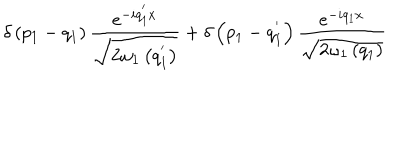
LaTeX: \delta \left( p _ { 1 } - q _ { 1 } \right) \frac { e ^ { - i q _ { 1 } ^ { ' } x } } { \sqrt { 2 { \omega } _ { 1 } \left( q _ { 1 } ^ { ' } \right) } } + \delta \left( p _ { 1 } - q _ { 1 } ^ { ' } \right) \frac { e ^ { - i q _ { 1 } x } } { \sqrt { 2 { \omega } _ { 1 } \left( q _ { 1 } \right) } }